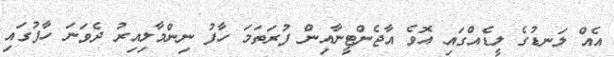
އެއް ލަނޑުގެ ލީޑެއްގައި އޮވެ އާޖެންޓީނާއިން ފުރަތަމަ ހާފު ނިންމާލިއިރު ދެވަނަ ހާފުގައި